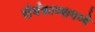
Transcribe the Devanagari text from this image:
दीर्घकाव्यामध्ये